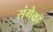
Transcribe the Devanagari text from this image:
संगेका